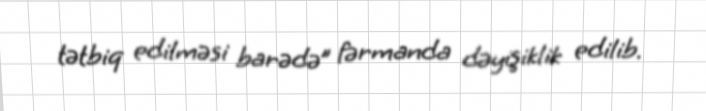
tətbiq edilməsi barədə” fərmanda dəyişiklik edilib.